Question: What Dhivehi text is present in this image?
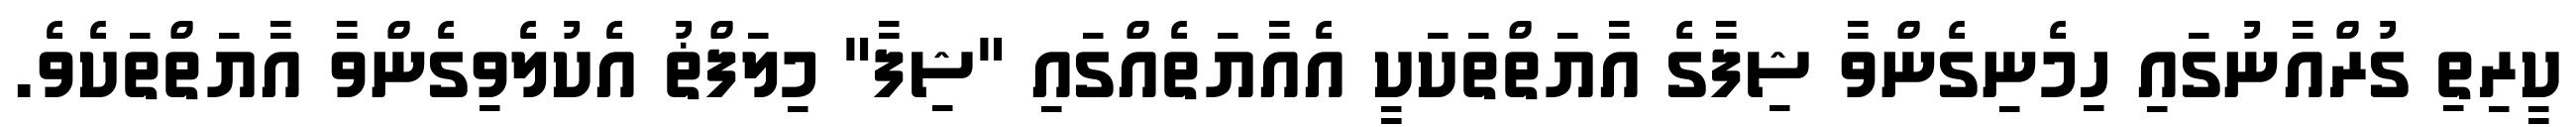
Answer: ކީރިތި ގުރްއާނުގައި ހިމެނިގެންވާ ޝިފާގެ އާޔަތްތަކަކީ އެއާޔަތެއްގައި "ޝިފާ" މިލަފްޡު އެކުލެވިގެންވާ އާޔަތްތަކެވެ.